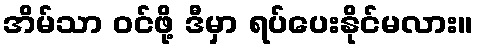
အိမ်သာ ဝင်ဖို့ ဒီမှာ ရပ်ပေးနိုင်မလား။